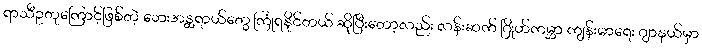
ရာသီဥတုကြောင့်ဖြစ်တဲ့ ဘေးအန္တရာယ်တွေ ကြုံရနိုင်တယ် ဆိုပြီးတော့လည်း လန်းဆက် ဂြိုဟ်ကမ္ဘာ ကျန်းမာရေး ဂျာနယ်မှာ